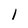
Character: 1